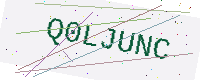
Text: Q0LJUNC